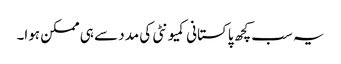
یہ سب کچھ پاکستانی کمیونٹی کی مدد سے ہی ممکن ہوا۔